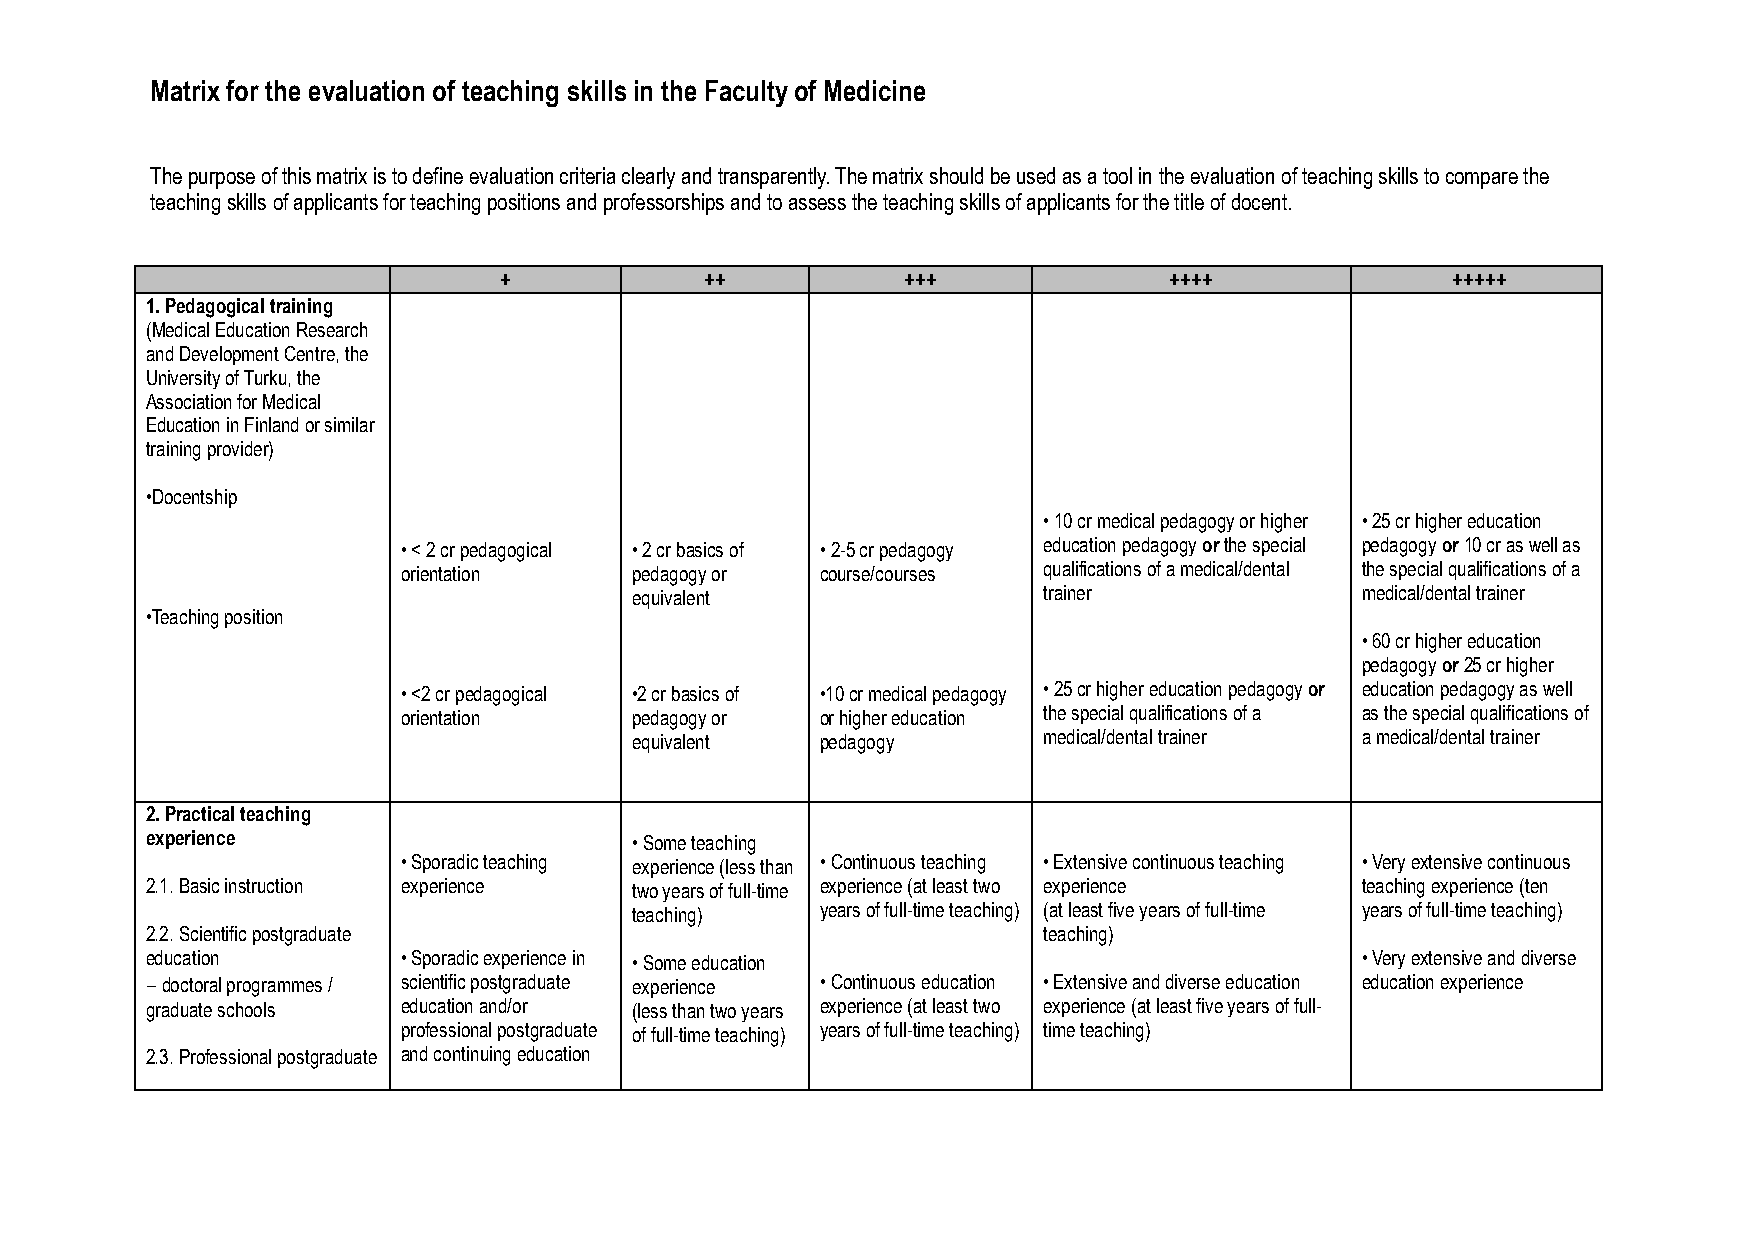
Matrix for the evaluation of teaching skills in the Faculty of Medicine
 The purpose of this matrix is to define evaluation criteria clearly and transparently. The matrix should be used as a tool in the evaluation of teaching skills to compare the
 teaching skills of applicants for teaching positions and professorships and to assess the teaching skills of applicants for the title of docent.
 +             ++           +++              ++++               +++++
 1. Pedagogical training
 (Medical Education Research
 and Development Centre, the
 University of Turku, the
 Association for Medical
 Education in Finland or similar
 training provider)
 •Docentship
 • 10 cr medical pedagogy or higher • 25 cr higher education
 • < 2 cr pedagogical • 2 cr basics of • 2-5 cr pedagogy education pedagogy or the special pedagogy or 10 cr as well as
 orientation    pedagogy or course/courses qualifications of a medical/dental the special qualifications of a
 equivalent                 trainer              medical/dental trainer
 •Teaching position
 • 60 cr higher education
 pedagogy or 25 cr higher
 • <2 cr pedagogical •2 cr basics of •10 cr medical pedagogy • 25 cr higher education pedagogy or education pedagogy as well
 orientation    pedagogy or or higher education the special qualifications of a as the special qualifications of
 equivalent  pedagogy       medical/dental trainer a medical/dental trainer
 2. Practical teaching
 experience                      • Some teaching
 • Sporadic teaching experience (less than • Continuous teaching • Extensive continuous teaching • Very extensive continuous
 2.1. Basic instruction experience two years of full-time experience (at least two experience teaching experience (ten
 teaching)   years of full-time teaching) (at least five years of full-time years of full-time teaching)
 2.2. Scientific postgraduate                               teaching)
 education        • Sporadic experience in • Some education                      • Very extensive and diverse
 ‒ doctoral programmes / scientific postgraduate experience • Continuous education • Extensive and diverse education education experience
 graduate schools education and/or (less than two years experience (at least two experience (at least five years of full-
 professional postgraduate of full-time teaching) years of full-time teaching) time teaching)
 2.3. Professional postgraduate and continuing education